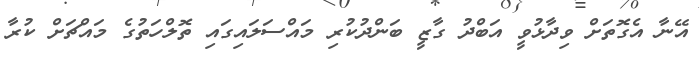
އޭނާ އެގޮތަށް ވިދާޅުވީ އަބްދު ގާޒީ ބަންދުކުރި މައްސަލައިގައި ތޮލްހަތުގެ މައްޗަށް ކުރާ